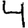
Digit: 4